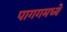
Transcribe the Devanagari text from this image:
पागगमध्ये